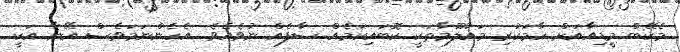
މެކޭބް މީޑިއާއަށް ހާމަކުރި މައުލޫމާތަކީ ކޮބައިކަމެއް ސާފެއް ނުވެއެވެ. އެހެންނަމަވެސް އޭނާ އަކީ